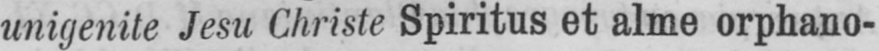
unigenite Jesu Christe Spiritus et alme orphano-